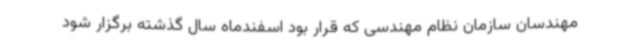
مهندسان سازمان نظام مهندسی که قرار بود اسفندماه سال گذشته برگزار شود